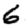
Digit: 6